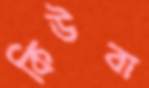
কিউবা